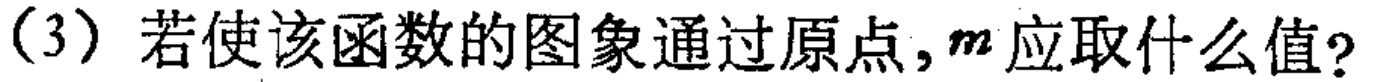
(3) 若使该函数的图象通过原点，$m$ 应取什么值？